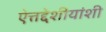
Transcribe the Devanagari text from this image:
ऐत्तद्देशीयांशी